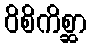
ဝိစိကိစ္ဆာ